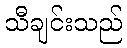
သီချင်းသည်